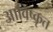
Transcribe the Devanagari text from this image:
आविष्‍कृत